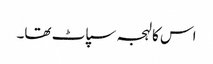
اس کا لہجہ سپاٹ تھا۔